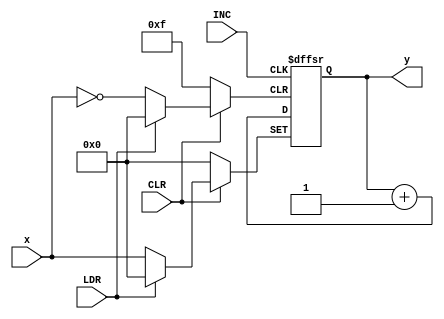
// This program was cloned from: https://github.com/rolo-g/TRISC-Processor
// License: MIT License

//Rolando Rosales 1001850424 - HW8 P3 parameterized 4-bit binary up counter

module upcounter #(parameter N = 4) (
	input INC, CLR, LDR,
	input [N-1:0] x,
	output reg [N-1:0] y);
	always @ (negedge INC, negedge CLR, negedge LDR)
		if (CLR == 1'b0) y <= 0;
			else if (LDR == 1'b0) y <= x;
			else if (INC == 1'b0) y <= y + 1'b1;
endmodule